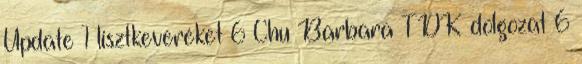
Update 1 lisztkeveréket 6 Chu Barbara TDK dolgozat 6